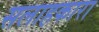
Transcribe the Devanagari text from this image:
सलाहकारा